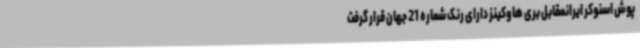
پوش اسنوکر ایرانمقابل بری هاوکینز دارای رنک شماره 21 جهان قرار گرفت